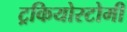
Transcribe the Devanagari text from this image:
ट्रकियोस्टोमी